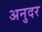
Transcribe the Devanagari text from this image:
अनुदर